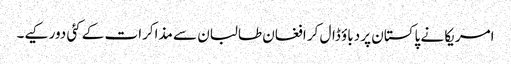
امریکا نے پاکستان پر دباؤ ڈال کر افغان طالبان سے مذاکرات کے کئی دور کیے۔